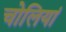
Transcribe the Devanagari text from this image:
चोलियां